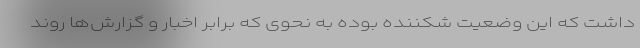
داشت که این وضعیت شکننده بوده به نحوی که برابر اخبار و گزارش‌­ها روند